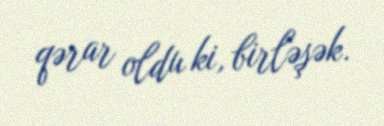
qərar oldu ki, birləşək.